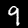
Digit: 9